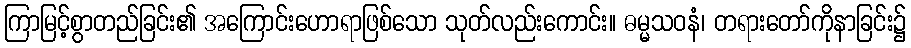
ကြာမြင့်စွာတည်ခြင်း၏ အကြောင်းဟောရာဖြစ်သော သုတ်လည်းကောင်း။ ဓမ္မသဝနံ၊ တရားတော်ကိုနာခြင်း၌